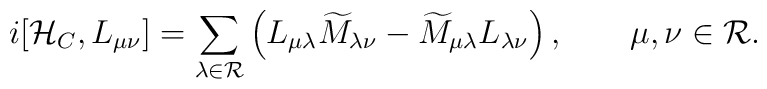
i[{\cal H}_C,   L_{\mu\nu}]=\sum_{\lambda\in{\cal   R}}\left(L_{\mu\lambda}\widetilde{M}_{\lambda\nu}-   \widetilde{M}_{\mu\lambda}L_{\lambda\nu}\right),\qquad   \mu,\nu\in{\cal R}.